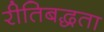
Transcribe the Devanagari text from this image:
रीतिबद्धता